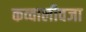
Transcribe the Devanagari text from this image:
कव्वालीवजा